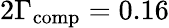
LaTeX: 2\Gamma_{\textrm{comp}}=0.16